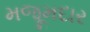
મજૂમદાર